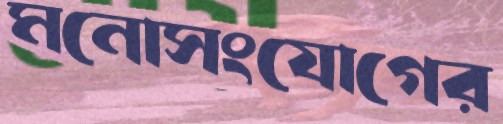
মনোসংযোগের